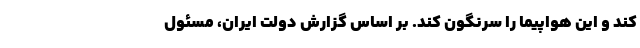
کند و این هواپیما را سرنگون کند. بر اساس گزارش دولت ایران، مسئول